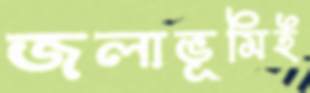
জলাভূমিই